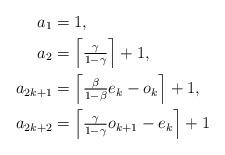
LaTeX: \begin{align*}a_{1}&=1,\\a_{2}&=\left\lceil \tfrac{\gamma}{1-\gamma} \right\rceil +1,\\a_{2k+1}&=\left\lceil \tfrac{\beta}{1-\beta} e_{k} - o_{k} \right\rceil+1,\\a_{2k+2}&=\left\lceil \tfrac{\gamma}{1-\gamma} o_{k+1} - e_{k} \right\rceil+1 \end{align*}